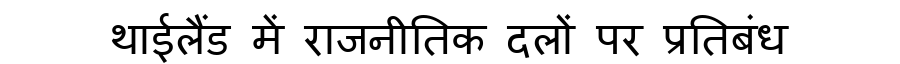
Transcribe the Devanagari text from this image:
थाईलैंड में राजनीतिक दलों पर प्रतिबंध